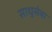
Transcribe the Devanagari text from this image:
साधुसेवा